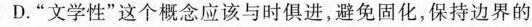
D. “文学性”这个概念应该与时俱进,避免固化,保持边界的